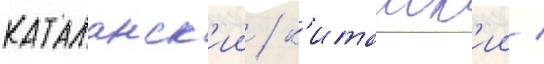
каталанск'ии / к'итаиск'ии /